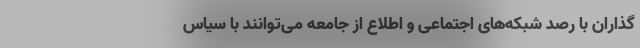
گذاران با رصد شبکه‌های اجتماعی و اطلاع از جامعه می‌توانند با سیاس